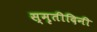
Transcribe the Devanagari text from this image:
स्मृतीदिनी